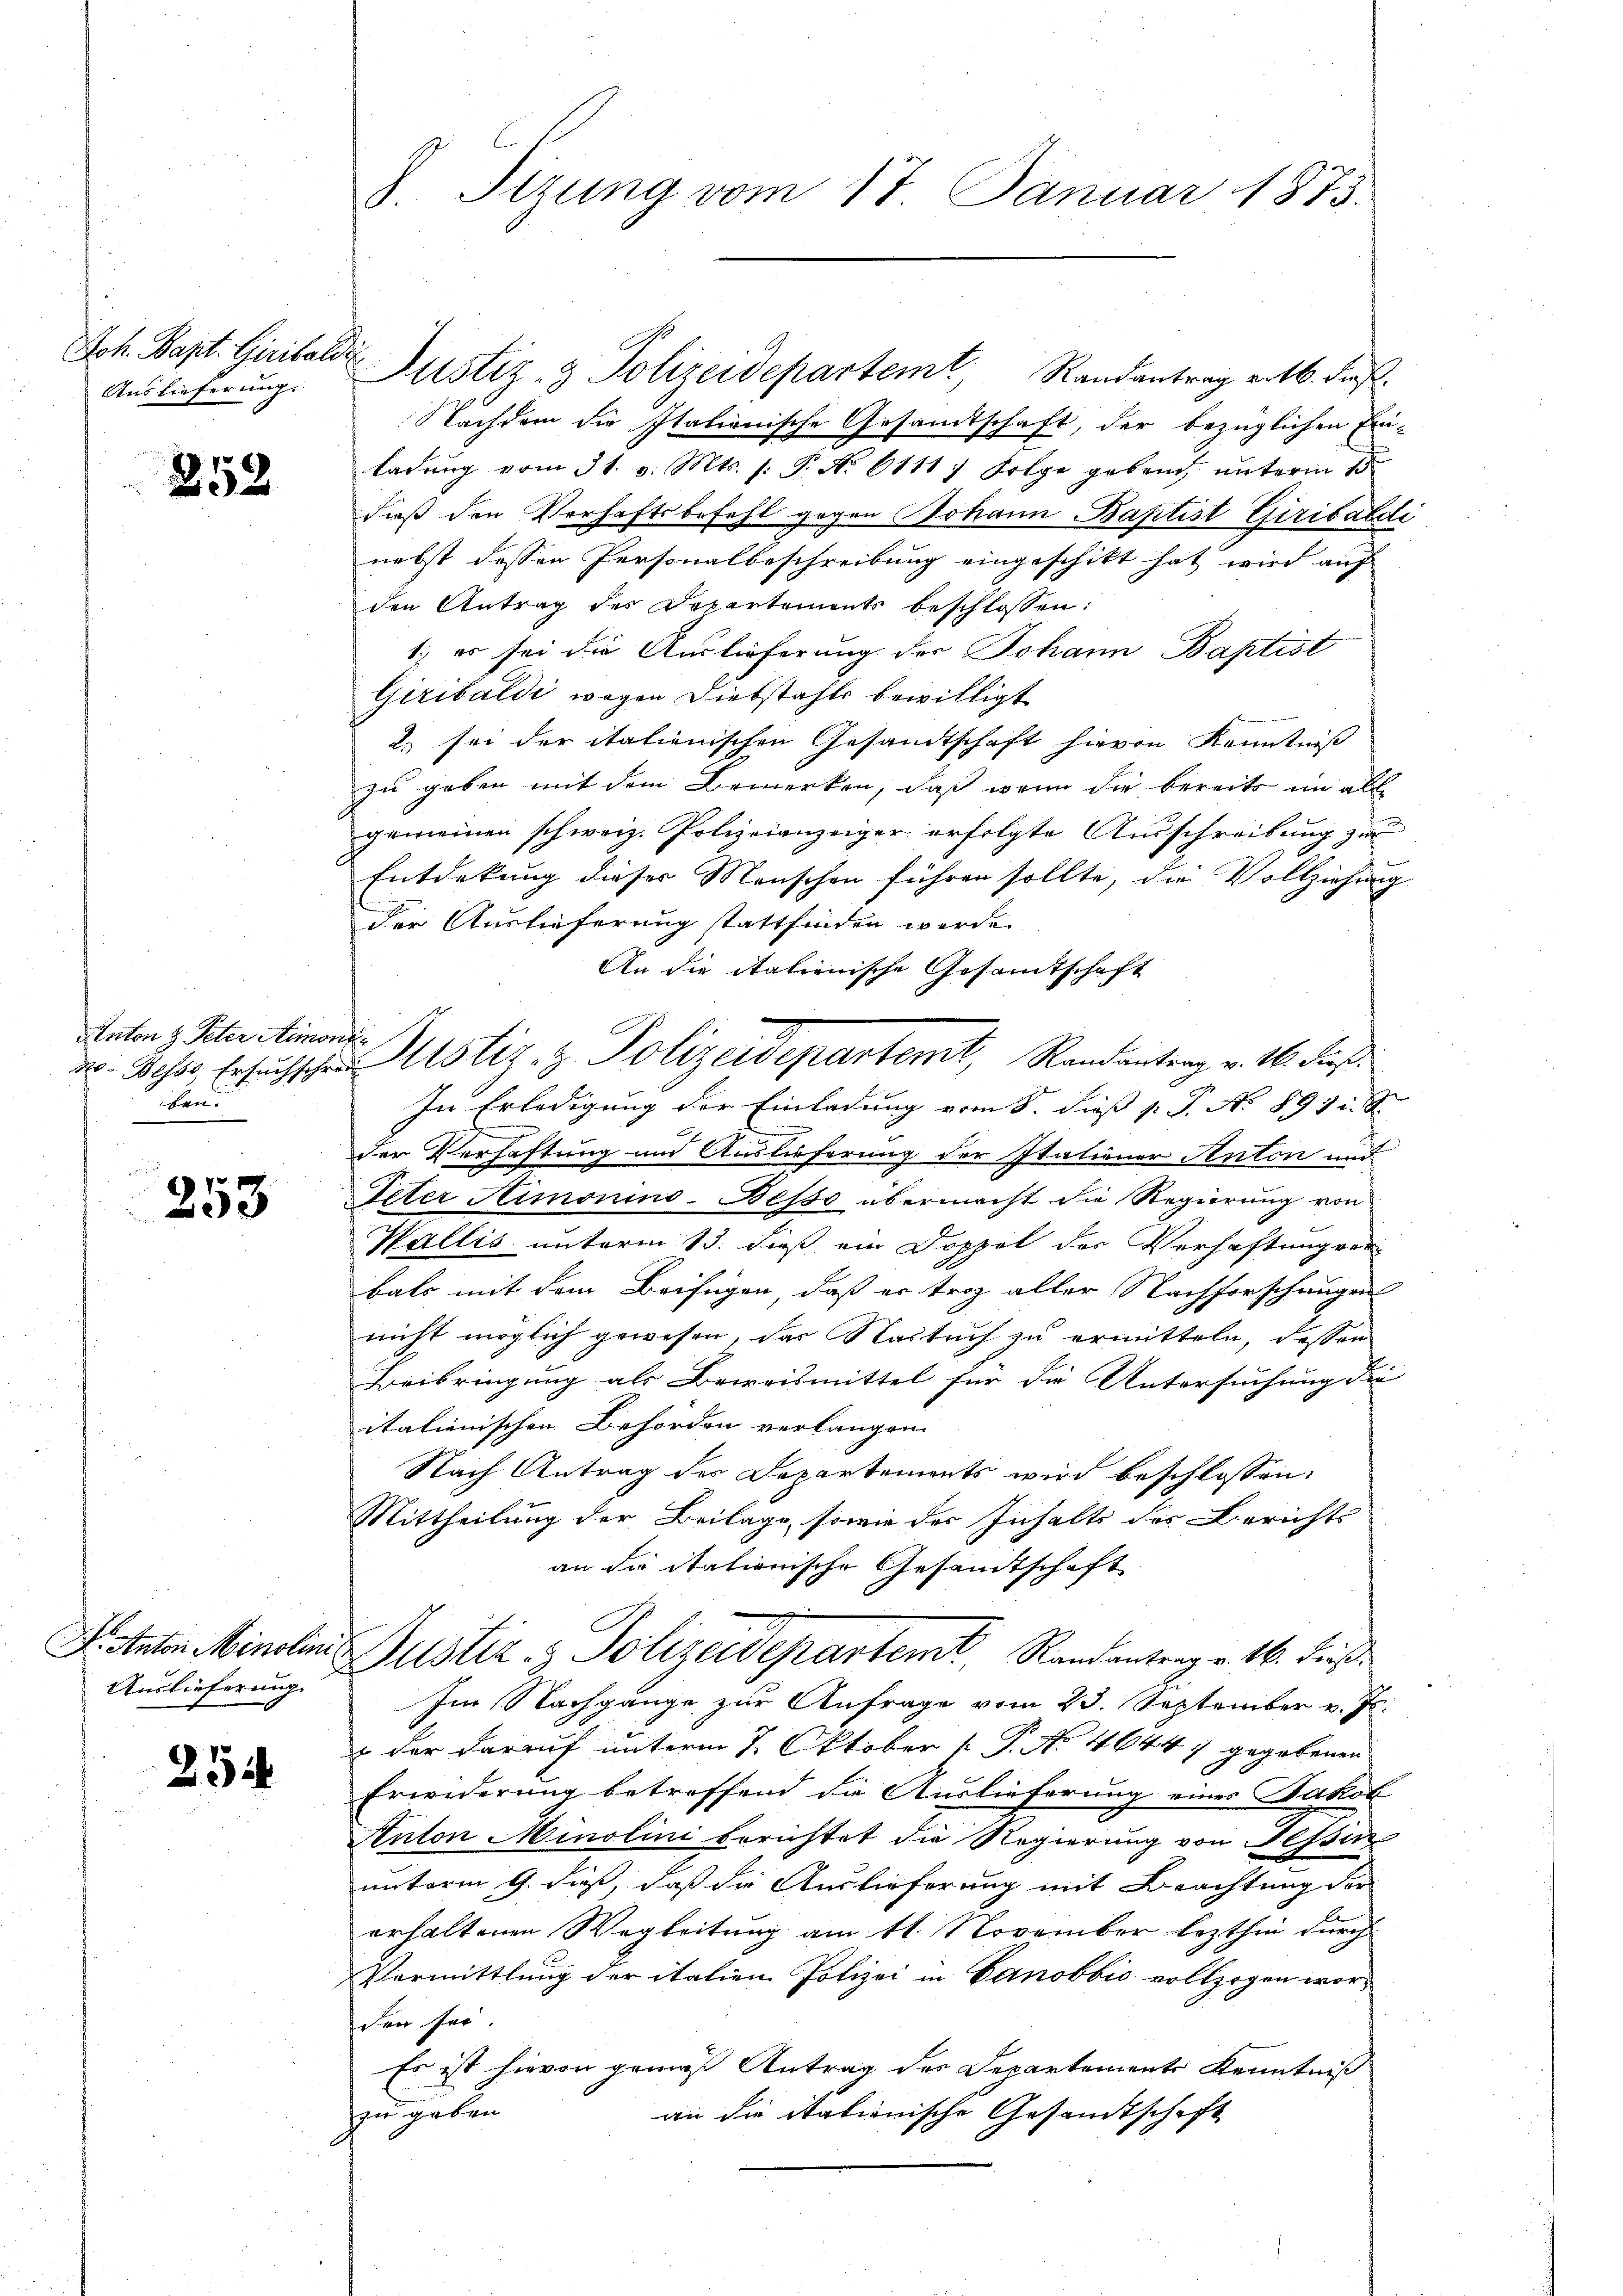
Joh. Bapt. Giribald
Auslieferung.

252

Anton & Peter Anor
20 Besss. Ersuchschrei
bau.

253

Dr. Anton Minolini
Auslieferung.

254

s

8 Sizung vom 17. Januar 1873.

s
Justiz & Polizeidepartemt, Randantrag v. 16. dieß

Justiz- & Polizeidepartem Randantrag rotb. dieß¬
NNachdem die Italienische Gesandtschaft, der bezüglichen Exi-
ladŭng vom 31. v. Mts. s. S. Nr. 6111; Folge geben, unterm 15.
dieß den Verhaftsbefehl gegen Johann Baptist Giribaldi
nebst dessen Personalbeschreibung eingeschikt hat wird auf
den Antrag des Departements beschlossen:
1) es sei die Auslieferung der Johann Baptist
Giribaldi wegen Diebstahls bewilligt
2. sei der italienischen Gesandtschaft hievon Kenntniß
zu geben mit dem Bemerken, daß wenn die bereits im all
gemeinen schweiz. Polizeianzeiger erfolgte Ausschreibung zu
Entdekung dieser Menschen führen sollte, die Vollziehung
der Auslieferung stattfinden werde.
An die italienische Gesamtschaft
In Erledigung der Einladung vom 8. dieß p. P. N. 891 i. S.
der Verhaftung und Auslieferung der Itationer Anton und
Peter Simonino-Desso übermacht die Regierung von
Wallis unterm 13. dieß ein Doppel des Verhaftung ver-
bals mit dem Beifügen, daß er troz aller Nachforschungen
nicht möglich gewesen, das Nastuch zu ermitteln, dessen
Beibringung als Beweismittel für die Untersuchung die
italienischen Behörden verlangen.
Nach Antrag des Departements wird beschlossen:
Mittheilung der Beilage, sowie der Inhalts des Berichts
an die itationische Gesandtschaft
Justiz- & Polizeidepartemt Randantrag v. 16. dies
Im Nachgange zur Anfrage vom 23. September v. Js.
 der darauf unterm 7. Oktober 1 P. No 46447 gegebenen
Erwiderung betreffend die Auslieferung eines Jakob
Anton Minolini berichtet die Regierung von Tessin
unterm 9. daß, daß die Auslieferung mit Beachtung der
2
erhaltenen Wegleitung am 11. November lezthin durch
Vormittlung der italien Polizei in Canobbić vollzogen worden sei
Es ist hievon gemäß Antrag des Departements Kenntniß
an die Stationische Gesandtschaft
zu geben.